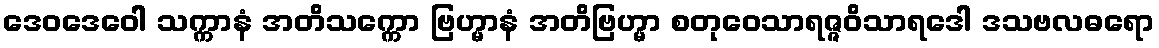
ဒေဝဒေဝေါ သက္ကာနံ အတိသက္ကော ဗြဟ္မာနံ အတိဗြဟ္မာ စတုဝေသာရဇ္ဇဝိသာရဒေါ ဒသဗလဓရော